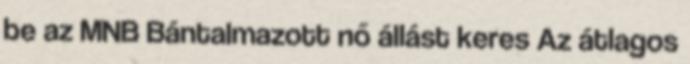
be az MNB Bántalmazott nő állást keres Az átlagos